65_HS1-834228961_62-HQ-83894_Section_4
Agency: FBI
Page 18
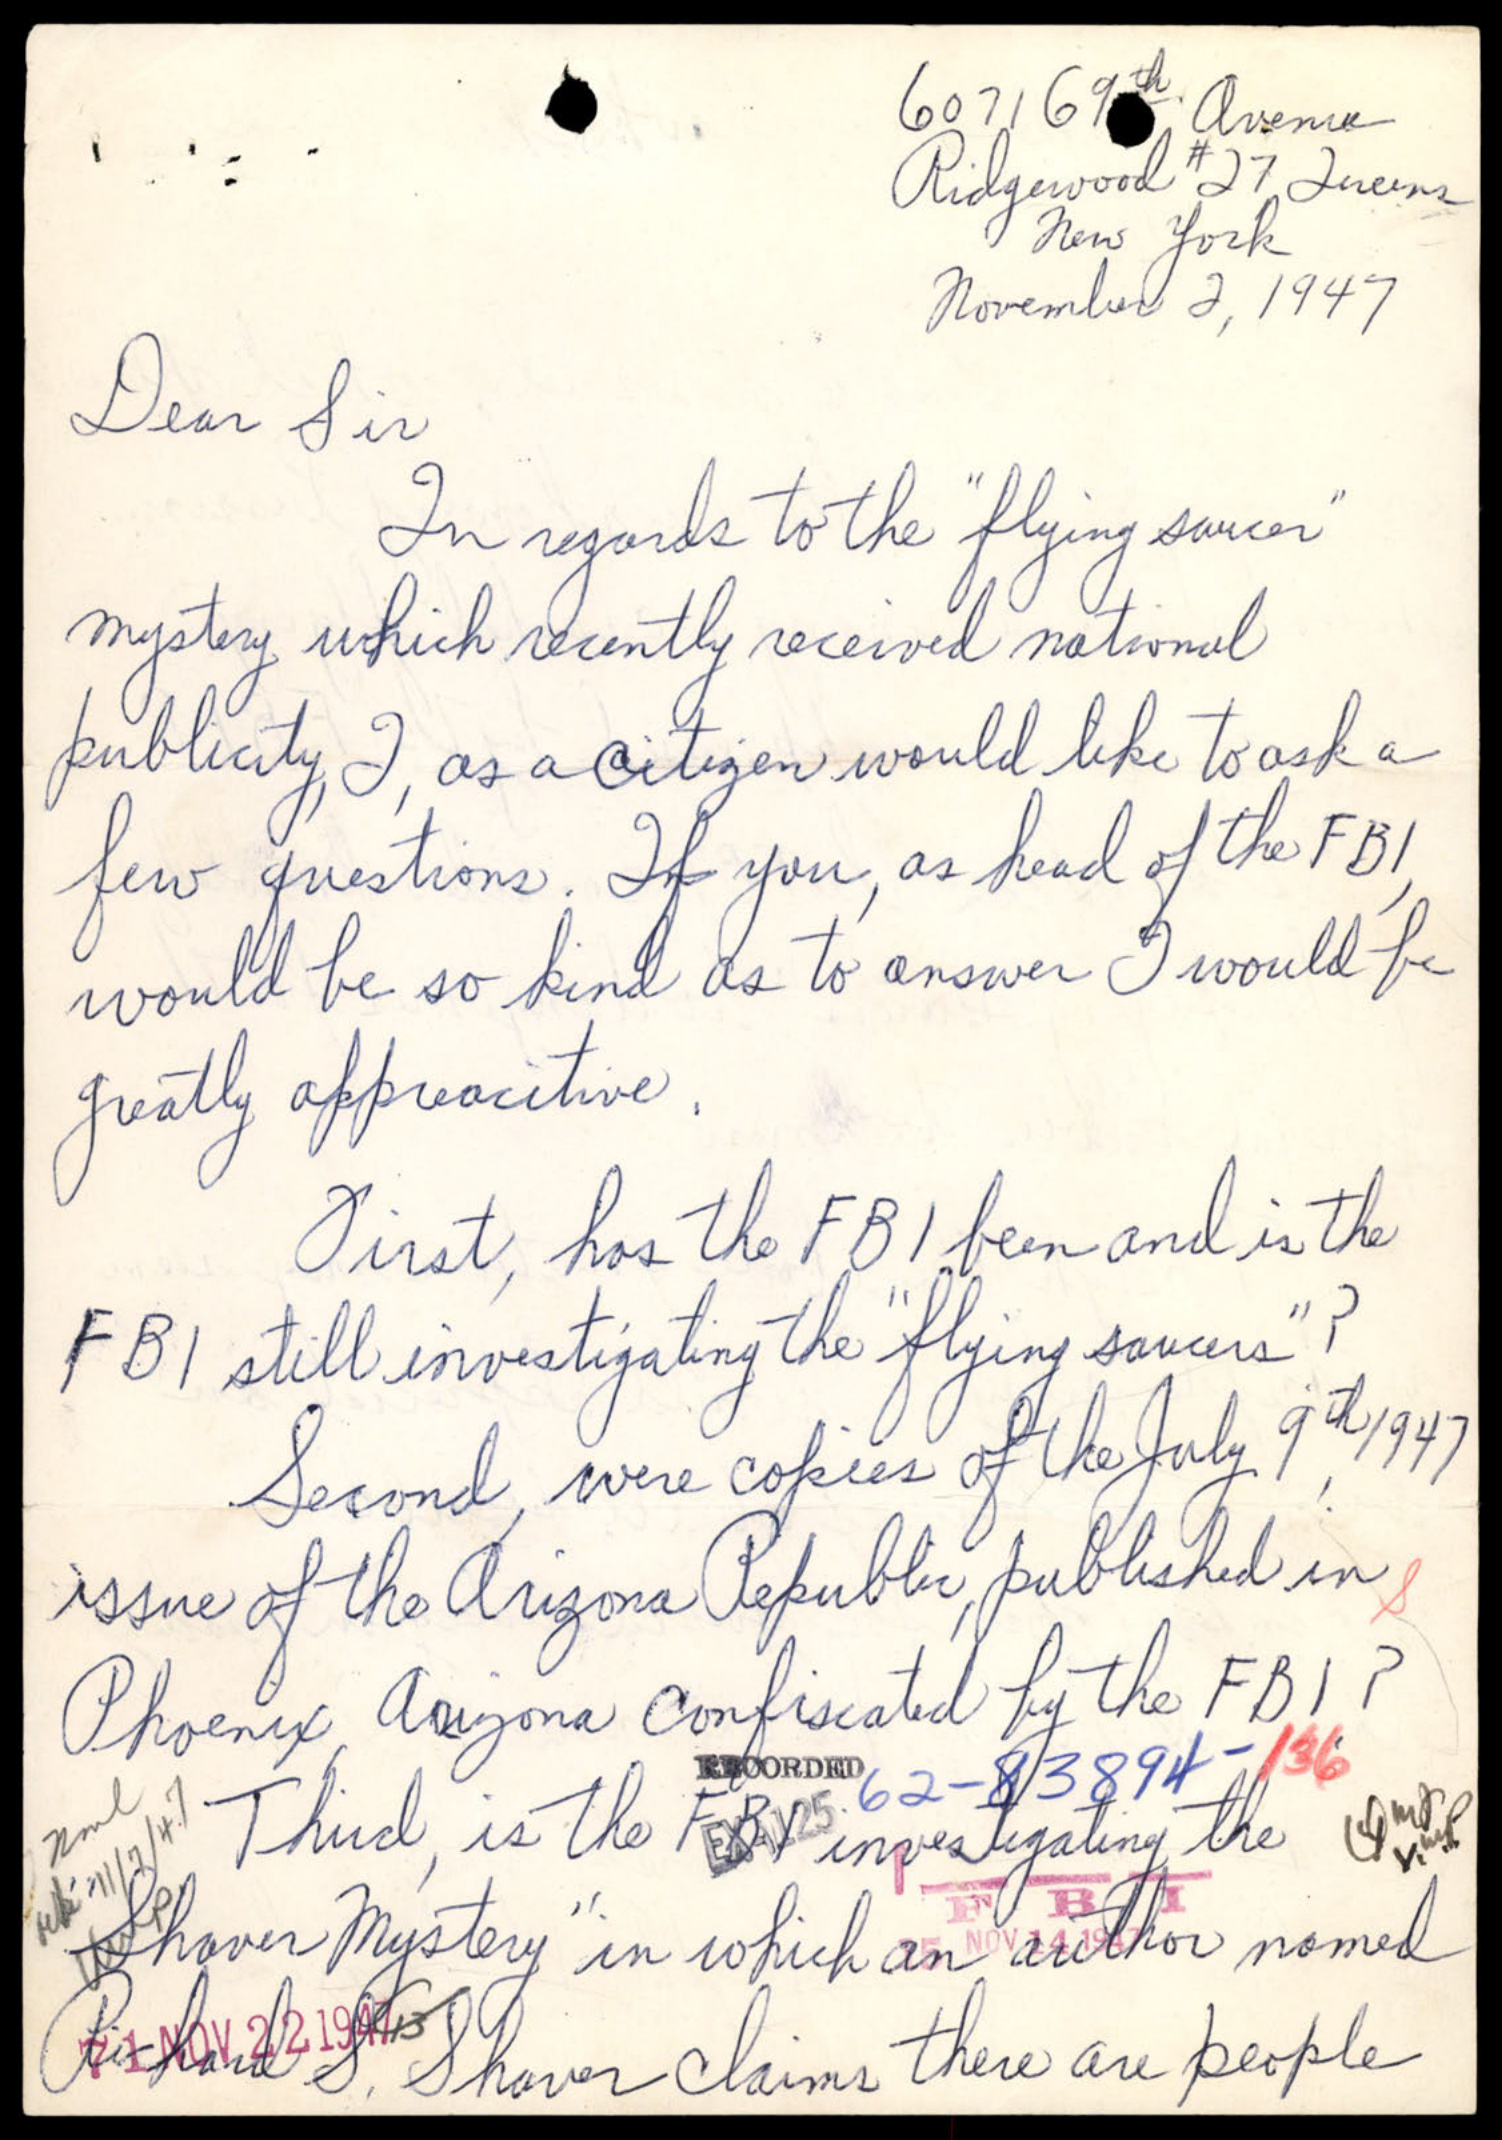